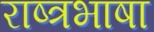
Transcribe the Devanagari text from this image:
राष्त्रभाषा